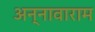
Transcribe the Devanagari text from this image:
अन्नावाराम